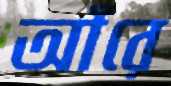
আঁরে